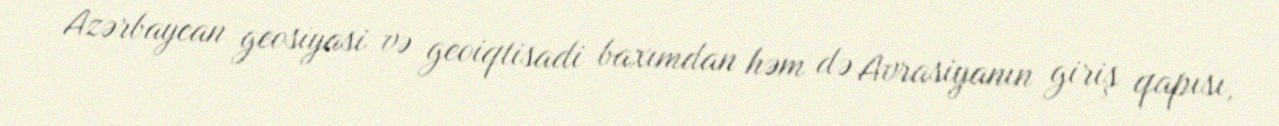
Azərbaycan geosiyasi və geoiqtisadi baxımdan həm də Avrasiyanın giriş qapısı,